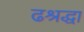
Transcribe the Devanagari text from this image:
ढश्रद्धा